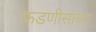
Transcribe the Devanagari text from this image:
फडणीसांच्या